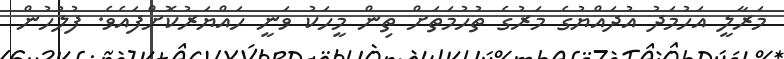
މަރާލީ އަހުމަދު އުދައްޔުގެ މަރުގެ ތުހުމަތަށް ތިން މީހަކު ވަނީ ހައްޔަރުކޮށްފައެވެ. ފުލުހުން